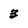
Character: 3